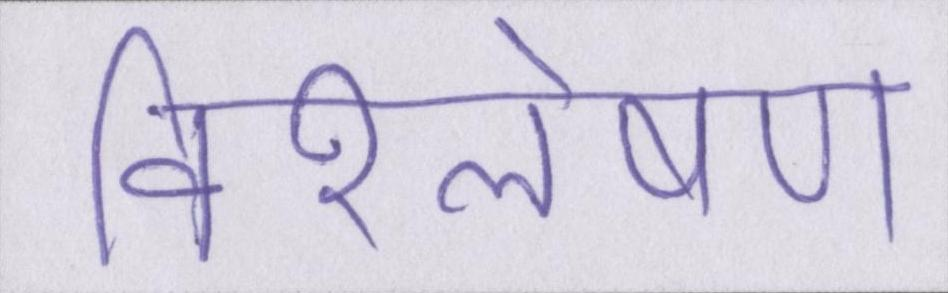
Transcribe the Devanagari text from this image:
विश्लेषण